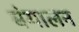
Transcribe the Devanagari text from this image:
बंगालन